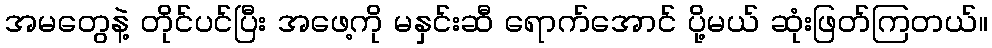
အမတွေနဲ့ တိုင်ပင်ပြီး အဖေ့ကို မနှင်းဆီ ရောက်အောင် ပို့မယ် ဆုံးဖြတ်ကြတယ်။